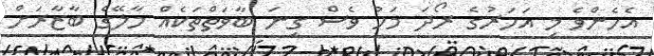
އެހެންވެ މި އަހަރުގެ ރޯދަ މަހު ވެސް ގިނަ ބާވަތްތަކެއް މާލޭގެ ބާޒާރަށް